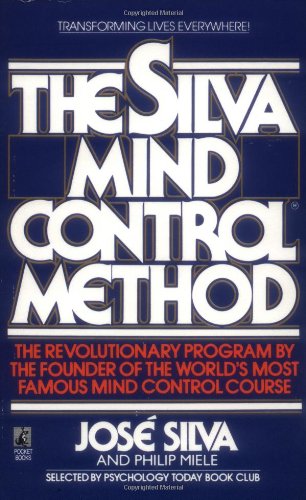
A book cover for The Silva Mind Control Method; Jose Silva; Business & Money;